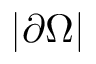
| \partial \Omega |